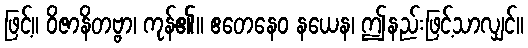
ဖြင့်။ ဝိဇာနိတဗ္ဗာ၊ ကုန်၏။ ဧတေနေဝ နယေန၊ ဤနည်းဖြင့်သာလျှင်။